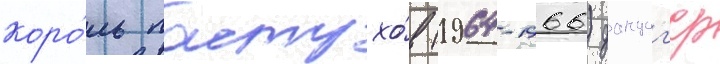
коро́ль пастухо́в (1964-1966) данциг'ер